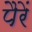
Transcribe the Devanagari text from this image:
पैरें